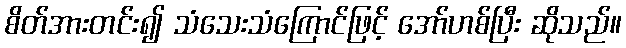
စိတ်အားတင်း၍ သံသေးသံကြောင်ဖြင့် အော်ဟစ်ပြီး ဆိုသည်။